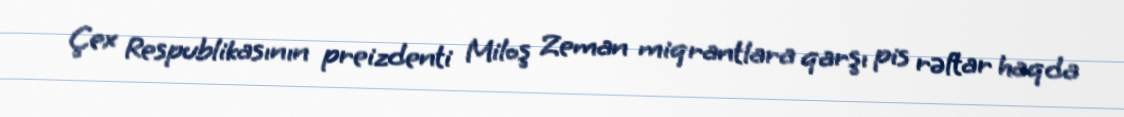
Çex Respublikasının preizdenti Miloş Zeman miqrantlara qarşı pis rəftar haqda